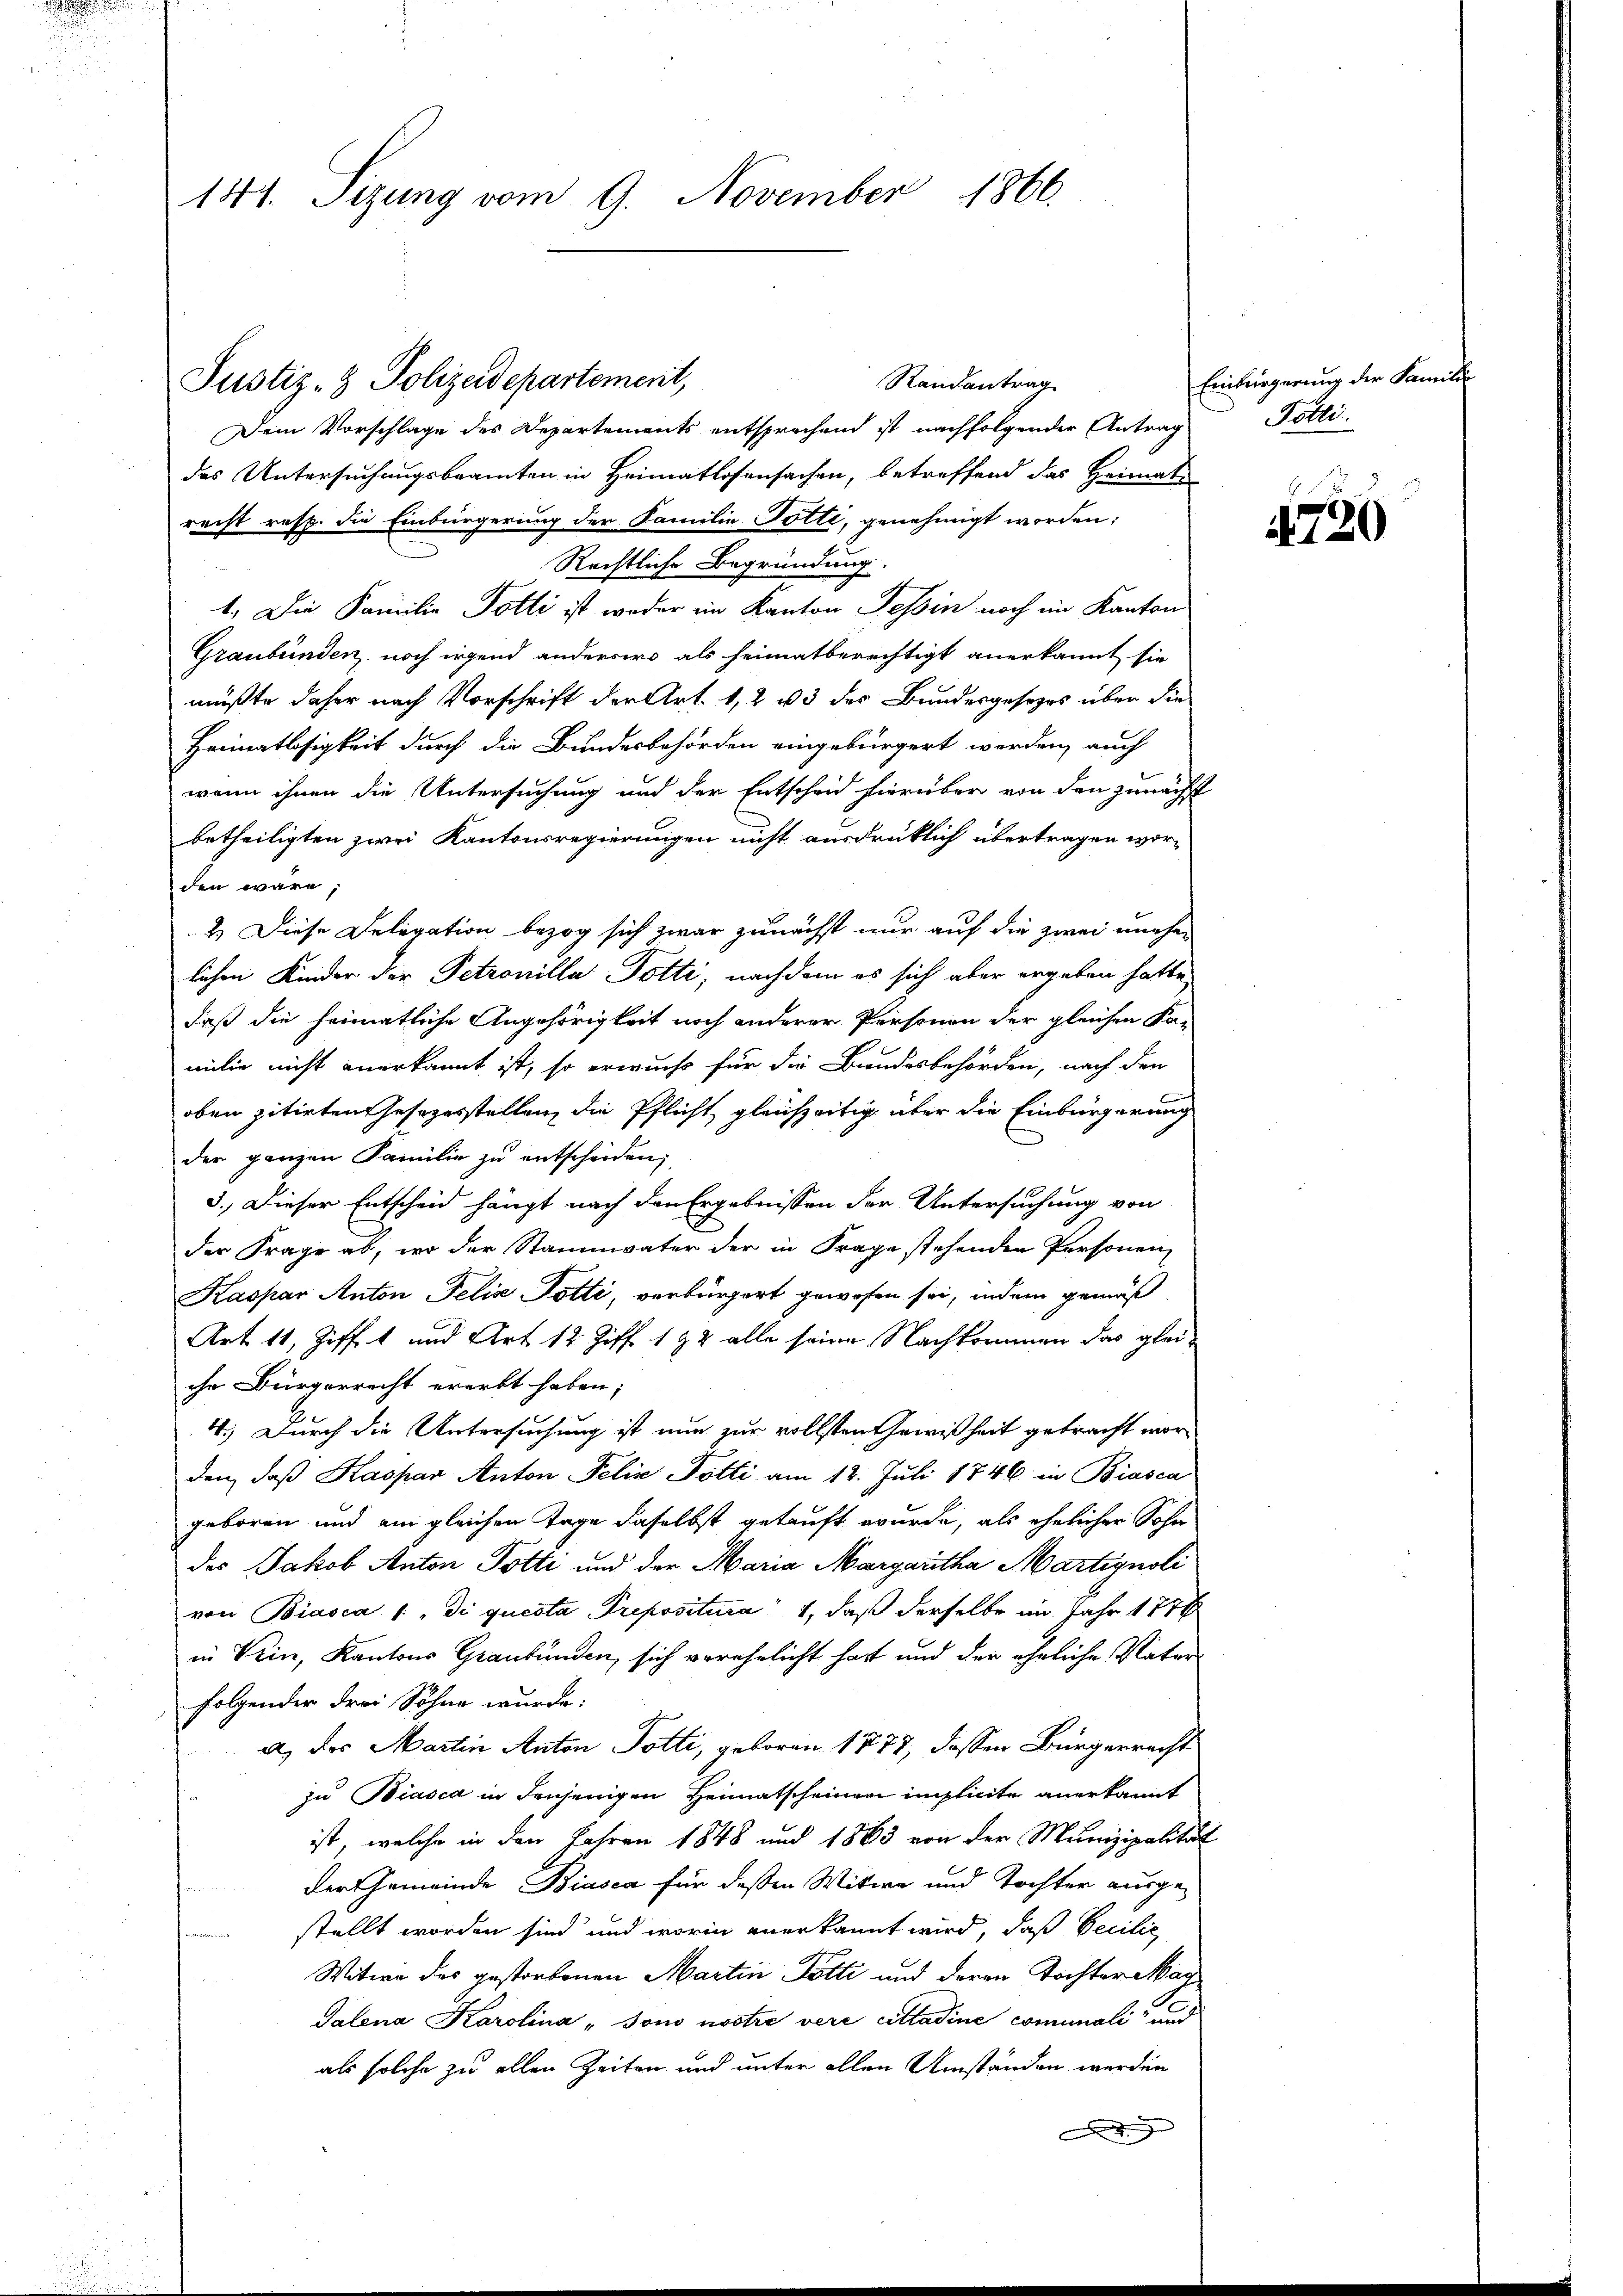
141. Seizung vom 9. November 1866.

Randantrag
Dein Vorschlage des Departements entsprechend ist nachfolgender Antrag Potti
das Untersuchungsbeamten in Heimatlosensachen, betreffend das Heimats
recht resp. die Einbürgerung der Familie Tolle, genehmigt worden:
Rechtliche Begründung
1. Die Familie Polli ist weder im Kanton Tessin noch im Kanton
Graubünden noch irgend andercirs als heimatberechtigt anerkannt sie
müßte daher nach Vorschrift der Art. 1, 2 u 3 des Bundesgesezes über die
Heimatlosigkeit durch die Bundesbehörden eingebürgert werden, auch
wenn ihnen die Untersuchung und der Entscheid hierüber von den zunächst
betheiligten zwei Kantonsregierungen nicht ausdrüklich übertragen worden wäre,
2.) Diese Delegation bezog sich zwar zunächst nur auf die zwei unehelichen Kinder der Petrouilla Potti, nachdem es sich aber ergeben hatte,
daß die heimatliche Angehörigkeit noch anderer Personen der gleichen Ka-
milie nicht anerkannt ist, so erwuchs für die Bundesbehörden, nach den
oben zitirten Gesezesstellen die Pflicht gleichzeitig über die Einbürgerung
der ganzen Familie zu entscheiden;
3.) Dieser Entscheid hängt nach den Ergebnissen der Untersuchung von
xx
der Frage ab, wo der Stammvater der in Frage stehenden Personen
Kaspar Anton Felix Totti, verbürgert gewesen sei, indem gemäß
Art. 11, Ziff. 4 und Art 12 Ziff. 192 alle seine Nachkommen das gleiche Bürgerrecht ererbt haben;
4.) Durch die Untersuchung ist nun zur vollsten Gewißheit getracht worden, daβ Kaspar Anton Felix Tötti am 12. Juli 1846 in Biasca
geboren und ein gleichen Tage daselbst getauft wurde, als ehelicher Sohn
des Jakob Anton Potti und der Maria Margaritha Martignoli
von Biasca /: "di questa Prepositura 1, daß derselbe im Jahr 1776
in Wein, Kantons Graubünden, sich verehelicht hast und der eheliche Vater
folgender drei Söhne wurde:
a) das Martin Anton Totti, geboren 1777, dessen Bürgerrecht
zu Biasca in denjenigen Heimatscheinen implicite anerkannt
ist, welche in den Jahren 1848 und 1863 von der Munizipalität
der Gemeinde Biasca für deßen Witwe und Tochter ausge-
stellt worden sind und worin anerkannt wird, daß Vecilie
Witwe des gestorbenen Martin Potti und deren Tochter Mag
Talena Karolina „Sono nostre vere cittadine comunali und
als solche zu allen Zeiten und unter allen Umständen werden
A

Justiz- & Polizeidepartement,

Einbürgerung der Famili

E
4720